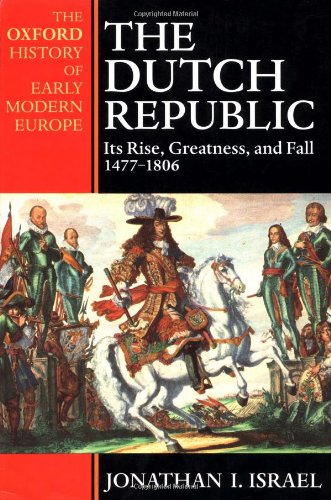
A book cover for The Dutch Republic: Its Rise, Greatness, and Fall 1477-1806 (Oxford History of Early Modern Europe); Jonathan Israel; History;